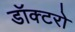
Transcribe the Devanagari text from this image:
डॉक्‍टरो